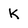
Character: K